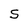
Character: S